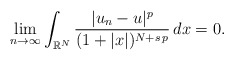
\begin{align*}\lim_{n\to\infty}\int_{\mathbb{R}^N} \frac{|u_n-u|^p}{(1+|x|)^{N+s\,p}}\,dx=0.\end{align*}